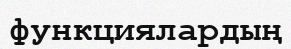
функциялардың